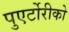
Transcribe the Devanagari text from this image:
पुएर्टोरीको